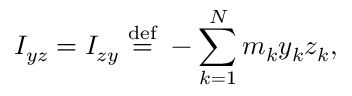
I _ { y z } = I _ { z y } \ { \stackrel { \mathrm { d e f } } { = } } \ - \sum _ { k = 1 } ^ { N } m _ { k } y _ { k } z _ { k } , \,